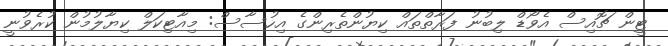
ޓީން ޗޮއިސް އެވޯޑް ލިބުނު ފަރާތްތައް ކިޔުންތެރިންގެ އިހުސާސް: މިއާޓިކަލް ކިޔާލުމުން ކުރެވުނީ